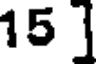
15